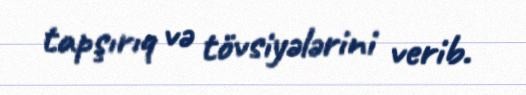
tapşırıq və tövsiyələrini verib.